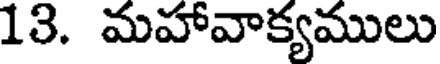
13. మహావాక్యములు